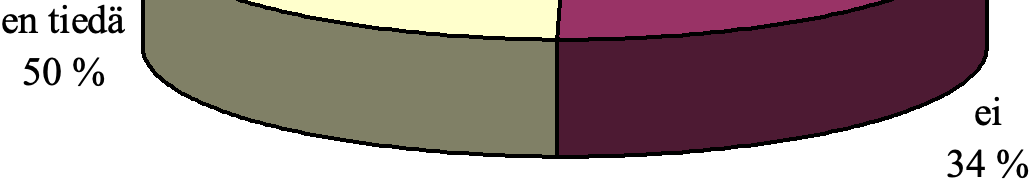
en tiedä 50 % ei 34 %